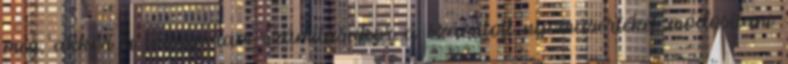
meg, akkor a tömegáram számításakor a számított nyomásértéket módosítani